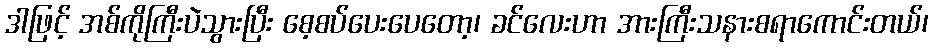
ဒါဖြင့် အစ်ကိုကြီးပဲသွားပြီး စေ့စပ်ပေးပေတော့၊ ခင်လေးဟာ အားကြီးသနားစရာကောင်းတယ်၊